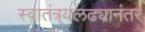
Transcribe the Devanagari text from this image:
स्वातंत्र्यलढ्यानंतर